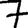
Digit: 7